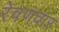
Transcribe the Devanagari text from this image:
रेवणवार